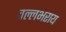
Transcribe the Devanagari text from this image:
वल्‍लभराय